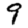
Digit: 9